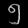
Digit: ၅